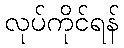
လုပ်ကိုင်ရန်